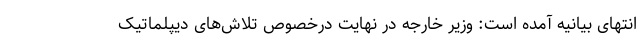
انتهای بیانیه آمده است: وزیر خارجه در نهایت درخصوص تلاش‌های دیپلماتیک